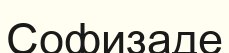
Софизаде